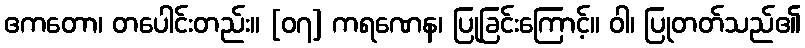
ဧကတော၊ တပေါင်းတည်း။ [၀၇] ကရဏေန၊ ပြုခြင်းကြောင့်။ ဝါ၊ ပြုတတ်သည်၏